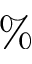
\%